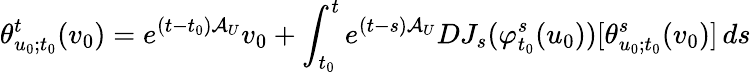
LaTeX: \theta_{u_{0};t_{0}}^{t}(v_{0})=e^{(t-t_{0})\mathcal{A}_{U}}v_{0}+\int_{t_{0}}^{t}e^{(t-s)\mathcal{A}_{U}}DJ_{s}(\varphi_{t_{0}}^{s}(u_{0}))[\theta_{u_{0};t_{0}}^{s}(v_{0})]\, ds